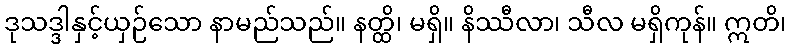
ဒုသဒ္ဒါနှင့်ယှဉ်သော နာမည်သည်။ နတ္ထိ၊ မရှိ။ နိဿီလာ၊ သီလ မရှိကုန်။ ဣတိ၊